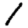
Digit: 1